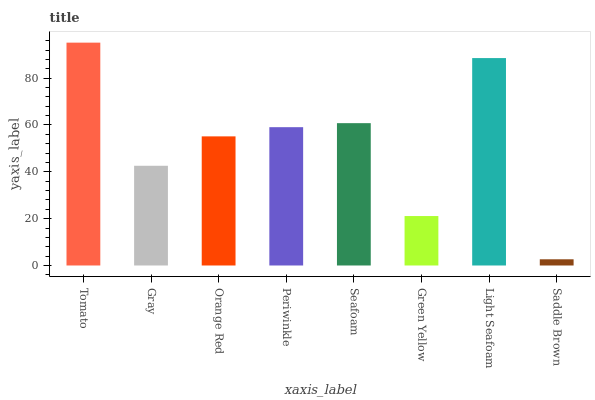
| xaxis_label | bars |
 | --- | --- |
 | Tomato | 95.2 |
 | Gray | 42.6 |
 | Orange Red | 55.1 |
 | Periwinkle | 59.1 |
 | Seafoam | 60.8 |
 | Green Yellow | 21.1 |
 | Light Seafoam | 88.6 |
 | Saddle Brown | 2.65 |